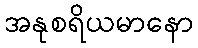
အနုစရိယမာနော